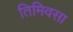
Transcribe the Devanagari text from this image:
तिमिवसा